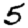
Digit: 5